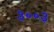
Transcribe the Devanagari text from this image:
३००३